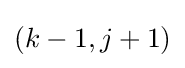
(k-1,j+1)